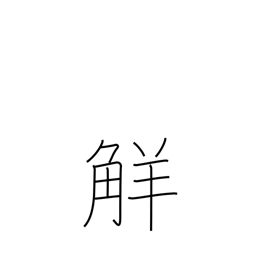
Meaning: understanding